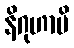
နိဂုဟာမိ